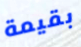
بقيمة